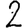
Digit: 2